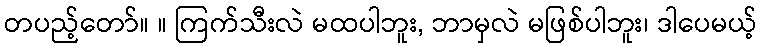
တပည့်တော်။ ။ ကြက်သီးလဲ မထပါဘူး, ဘာမှလဲ မဖြစ်ပါဘူး၊ ဒါပေမယ့်